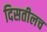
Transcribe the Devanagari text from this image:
दिसतीलच